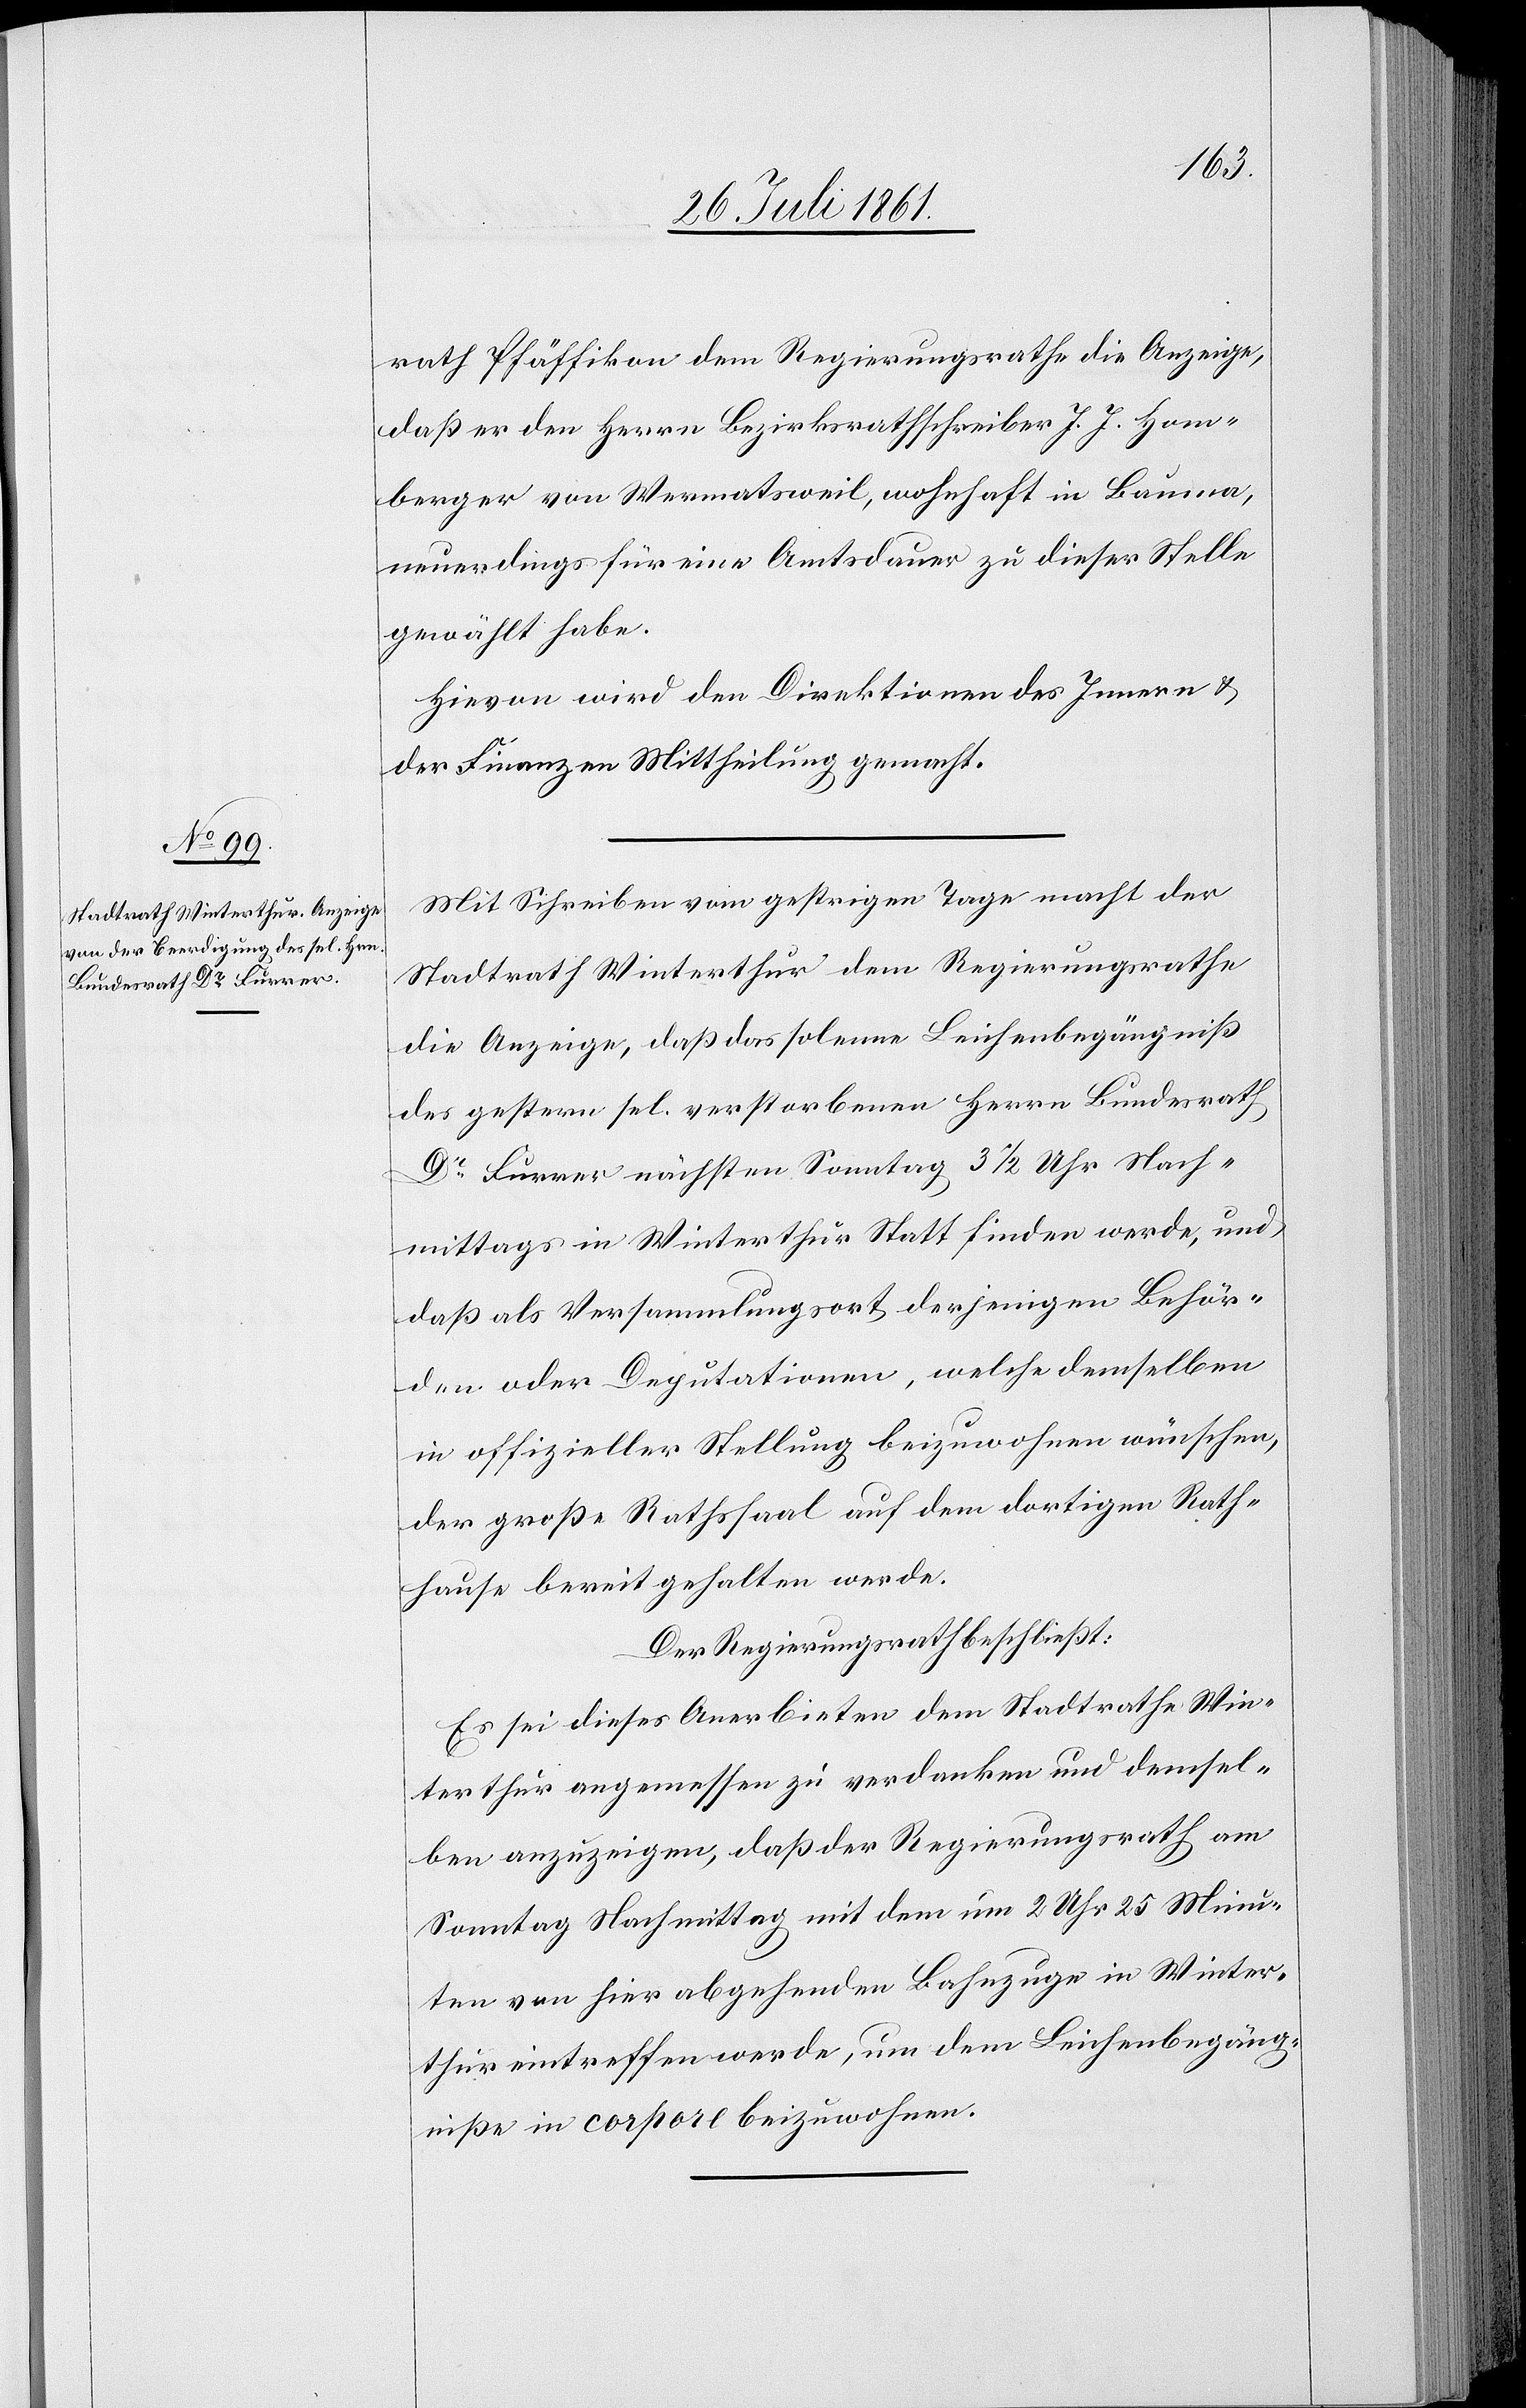
rath Pfäffikon dem Regierungsrathe die Anzeige,
daß er den Herrn Bezirksrathschreiber J. J. Hom¬
berger von Wermatsweil, wohnhaft in Bauma,
neuerdings für eine Amtsdauer zu dieser Stelle
gewählt habe.
Hievon wird der Direktion des Innern u.
der Finanzen Mittheilung gemacht.
Mit Schreiben vom gestrigen Tage macht der
Stadtrath Winterthur dem Regierungsrathe
die Anzeige, daß das solemne Leichenbegräbniß
des gestern sel. verstorbenen Herrn Bundesrath
Dr Furrer nächsten Sonntag 3 1/2 Uhr Nach¬
mittags in Winterthur Statt finden werde, und,
daß als Versammlungsort derjenigen Behör¬
den oder Deputationen, welche demselben
in offizieller Stellung beizuwohnen wünschen,
der große Rathssaal auf dem dortigen Rath¬
hause bereit gehalten werde.
Der Regierungsrath beschließt:
Es sei dieses Anerbieten dem Stadtrathe Win¬
terthur angemessen zu verdanken und demsel¬
ben anzuzeigen, daß der Regierungsrath am
Sonntag Nachmittag mit dem um 2 Uhr 25 Minu¬
ten von hier abgehenden Bahnzuge in Winter¬
thur eintreffen werde, um dem Leichenbegräb¬
niße in corpore beizuwohnen.